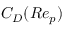
C _ { D } ( R e _ { p } )